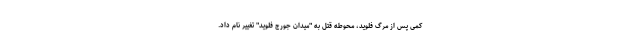
کمی پس از مرگ فلوید، محوطه قتل به "میدان جورج فلوید" تغییر نام داد.